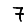
Digit: 7